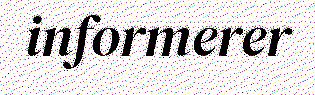
informerer